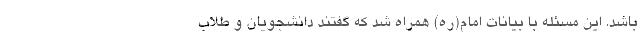
باشد. این مسئله با بیانات امام(ره) همراه شد که گفتند دانشجویان و طلاب